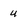
Character: u